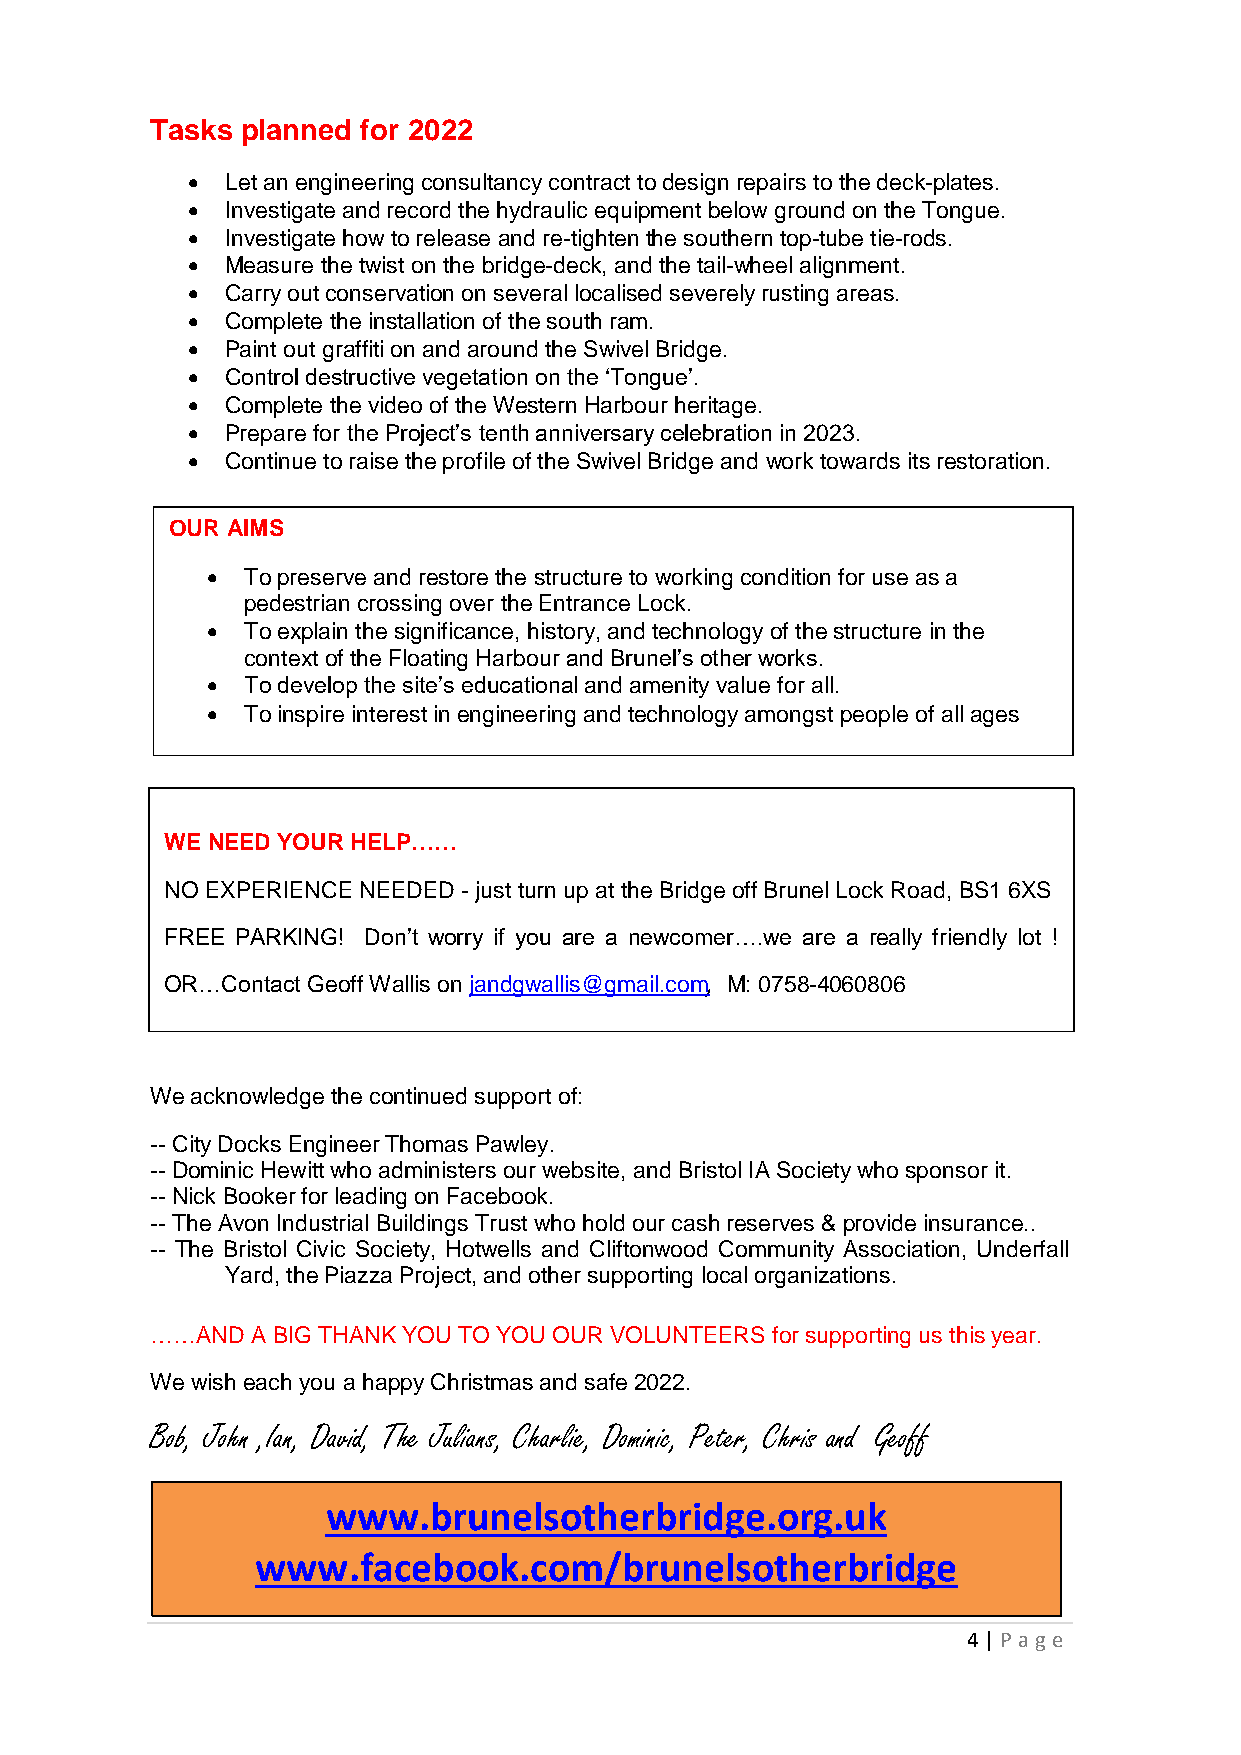
Tasks planned for 2022
   Let an engineering consultancy contract to design repairs to the deck-plates.
   Investigate and record the hydraulic equipment below ground on the Tongue.
   Investigate how to release and re-tighten the southern top-tube tie-rods.
   Measure the twist on the bridge-deck, and the tail-wheel alignment.
   Carry out conservation on several localised severely rusting areas.
   Complete the installation of the south ram.
   Paint out graffiti on and around the Swivel Bridge.
   Control destructive vegetation on the ‘Tongue’.
   Complete the video of the Western Harbour heritage.
   Prepare for the Project’s tenth anniversary celebration in 2023.
   Continue to raise the profile of the Swivel Bridge and work towards its restoration.
 OUR AIMS
  To preserve and restore the structure to working condition for use as a
 pedestrian crossing over the Entrance Lock.
  To explain the significance, history, and technology of the structure in the
 context of the Floating Harbour and Brunel’s other works.
  To develop the site’s educational and amenity value for all.
  To inspire interest in engineering and technology amongst people of all ages
 WE NEED YOUR HELP……
 NO EXPERIENCE NEEDED - just turn up at the Bridge off Brunel Lock Road, BS1 6XS
 FREE PARKING! Don’t worry if you are a newcomer….we are a really friendly lot !
 ,
 OR…Contact Geoff Wallis on jandgwallis@gmail.com M: 0758-4060806
 We acknowledge the continued support of:
 -- City Docks Engineer Thomas Pawley.
 -- Dominic Hewitt who administers our website, and Bristol IA Society who sponsor it.
 -- Nick Booker for leading on Facebook.
 -- The Avon Industrial Buildings Trust who hold our cash reserves & provide insurance..
 -- The Bristol Civic Society, Hotwells and Cliftonwood Community Association, Underfall
 Yard, the Piazza Project, and other supporting local organizations.
 ……AND  A BIG THANK YOU TO YOU OUR VOLUNTEERS for supporting us this year.
 We wish each you a happy Christmas and safe 2022.
 Bob, John ,Ian, David, The Julians, Charlie, Dominic, Peter, Chris and Geoff
 www.brunelsotherbridge.org.uk
 www.facebook.com/brunelsotherbridge
 4 | P age